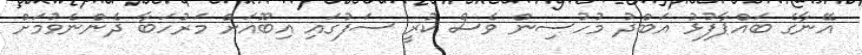
އޭނާގެ ބައްޕާފުޅު އަބްދު މުހުސިން ވެސް ކުރީ ސަފުގައި އިބޫއަށް މަރުހަބާ ދެންނެވުމަށް